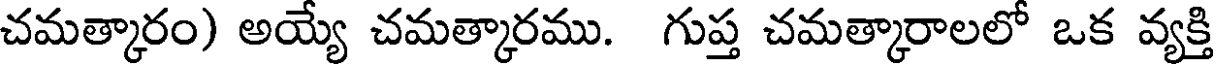
చమత్కారం) అయ్యే చమత్కారము. గుప్త చమత్కారాలలో ఒక వ్యక్తి